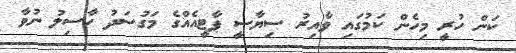
ކަން ހުރީ މިހެން ކަމުގައި ވާއިރު ސިޔާސީ ޕާޓީއެއްގެ މަގުސަދު ހާސިލު ނުވާ